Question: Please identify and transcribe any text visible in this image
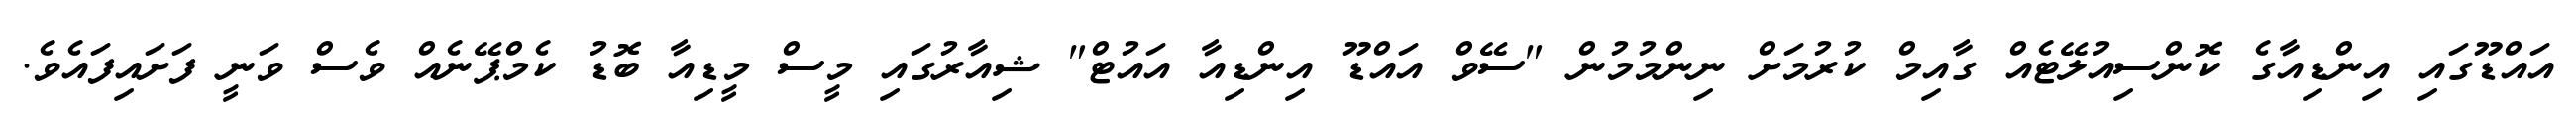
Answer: އައްޑޫގައި އިންޑިއާގެ ކޮންސިއުލޭޓެއް ގާއިމް ކުރުމަށް ނިންމުމުން "ސޭވް އައްޑޫ އިންޑިއާ އައުޓް" ޝިއާރުގައި މީސް މީޑިއާ ބޮޑު ކެމްޕޭނެއް ވެސް ވަނީ ފަށައިފައެވެ.